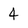
Character: 4